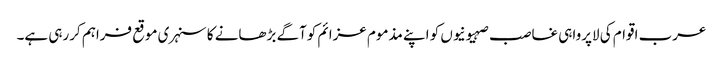
عرب اقوام کی لاپرواہی غاصب صہیونیوں کو اپنے مذموم عزائم کوآگے بڑھانے کا سنہری موقع فراہم کررہی ہے۔